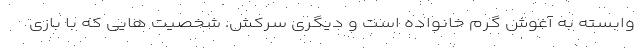
وابسته به آغوش گرم خانواده است و دیگری سرکش. شخصیت هایی که با بازی